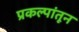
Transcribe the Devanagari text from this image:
प्रकल्पांतून